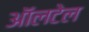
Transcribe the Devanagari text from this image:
ऑलटेल